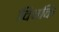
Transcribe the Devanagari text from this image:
विचकि